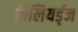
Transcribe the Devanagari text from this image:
बिलियर्ड्‌ज